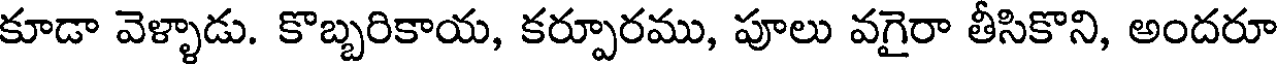
కూడా వెళ్ళాడు. కొబ్బరికాయ, కర్పూరము, పూలు వగైరా తీసికొని, అందరూ